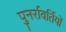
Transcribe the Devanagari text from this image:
पुनर्रावर्तियों